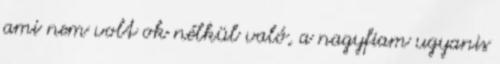
ami nem volt ok nélkül való, a nagyfiam ugyanis